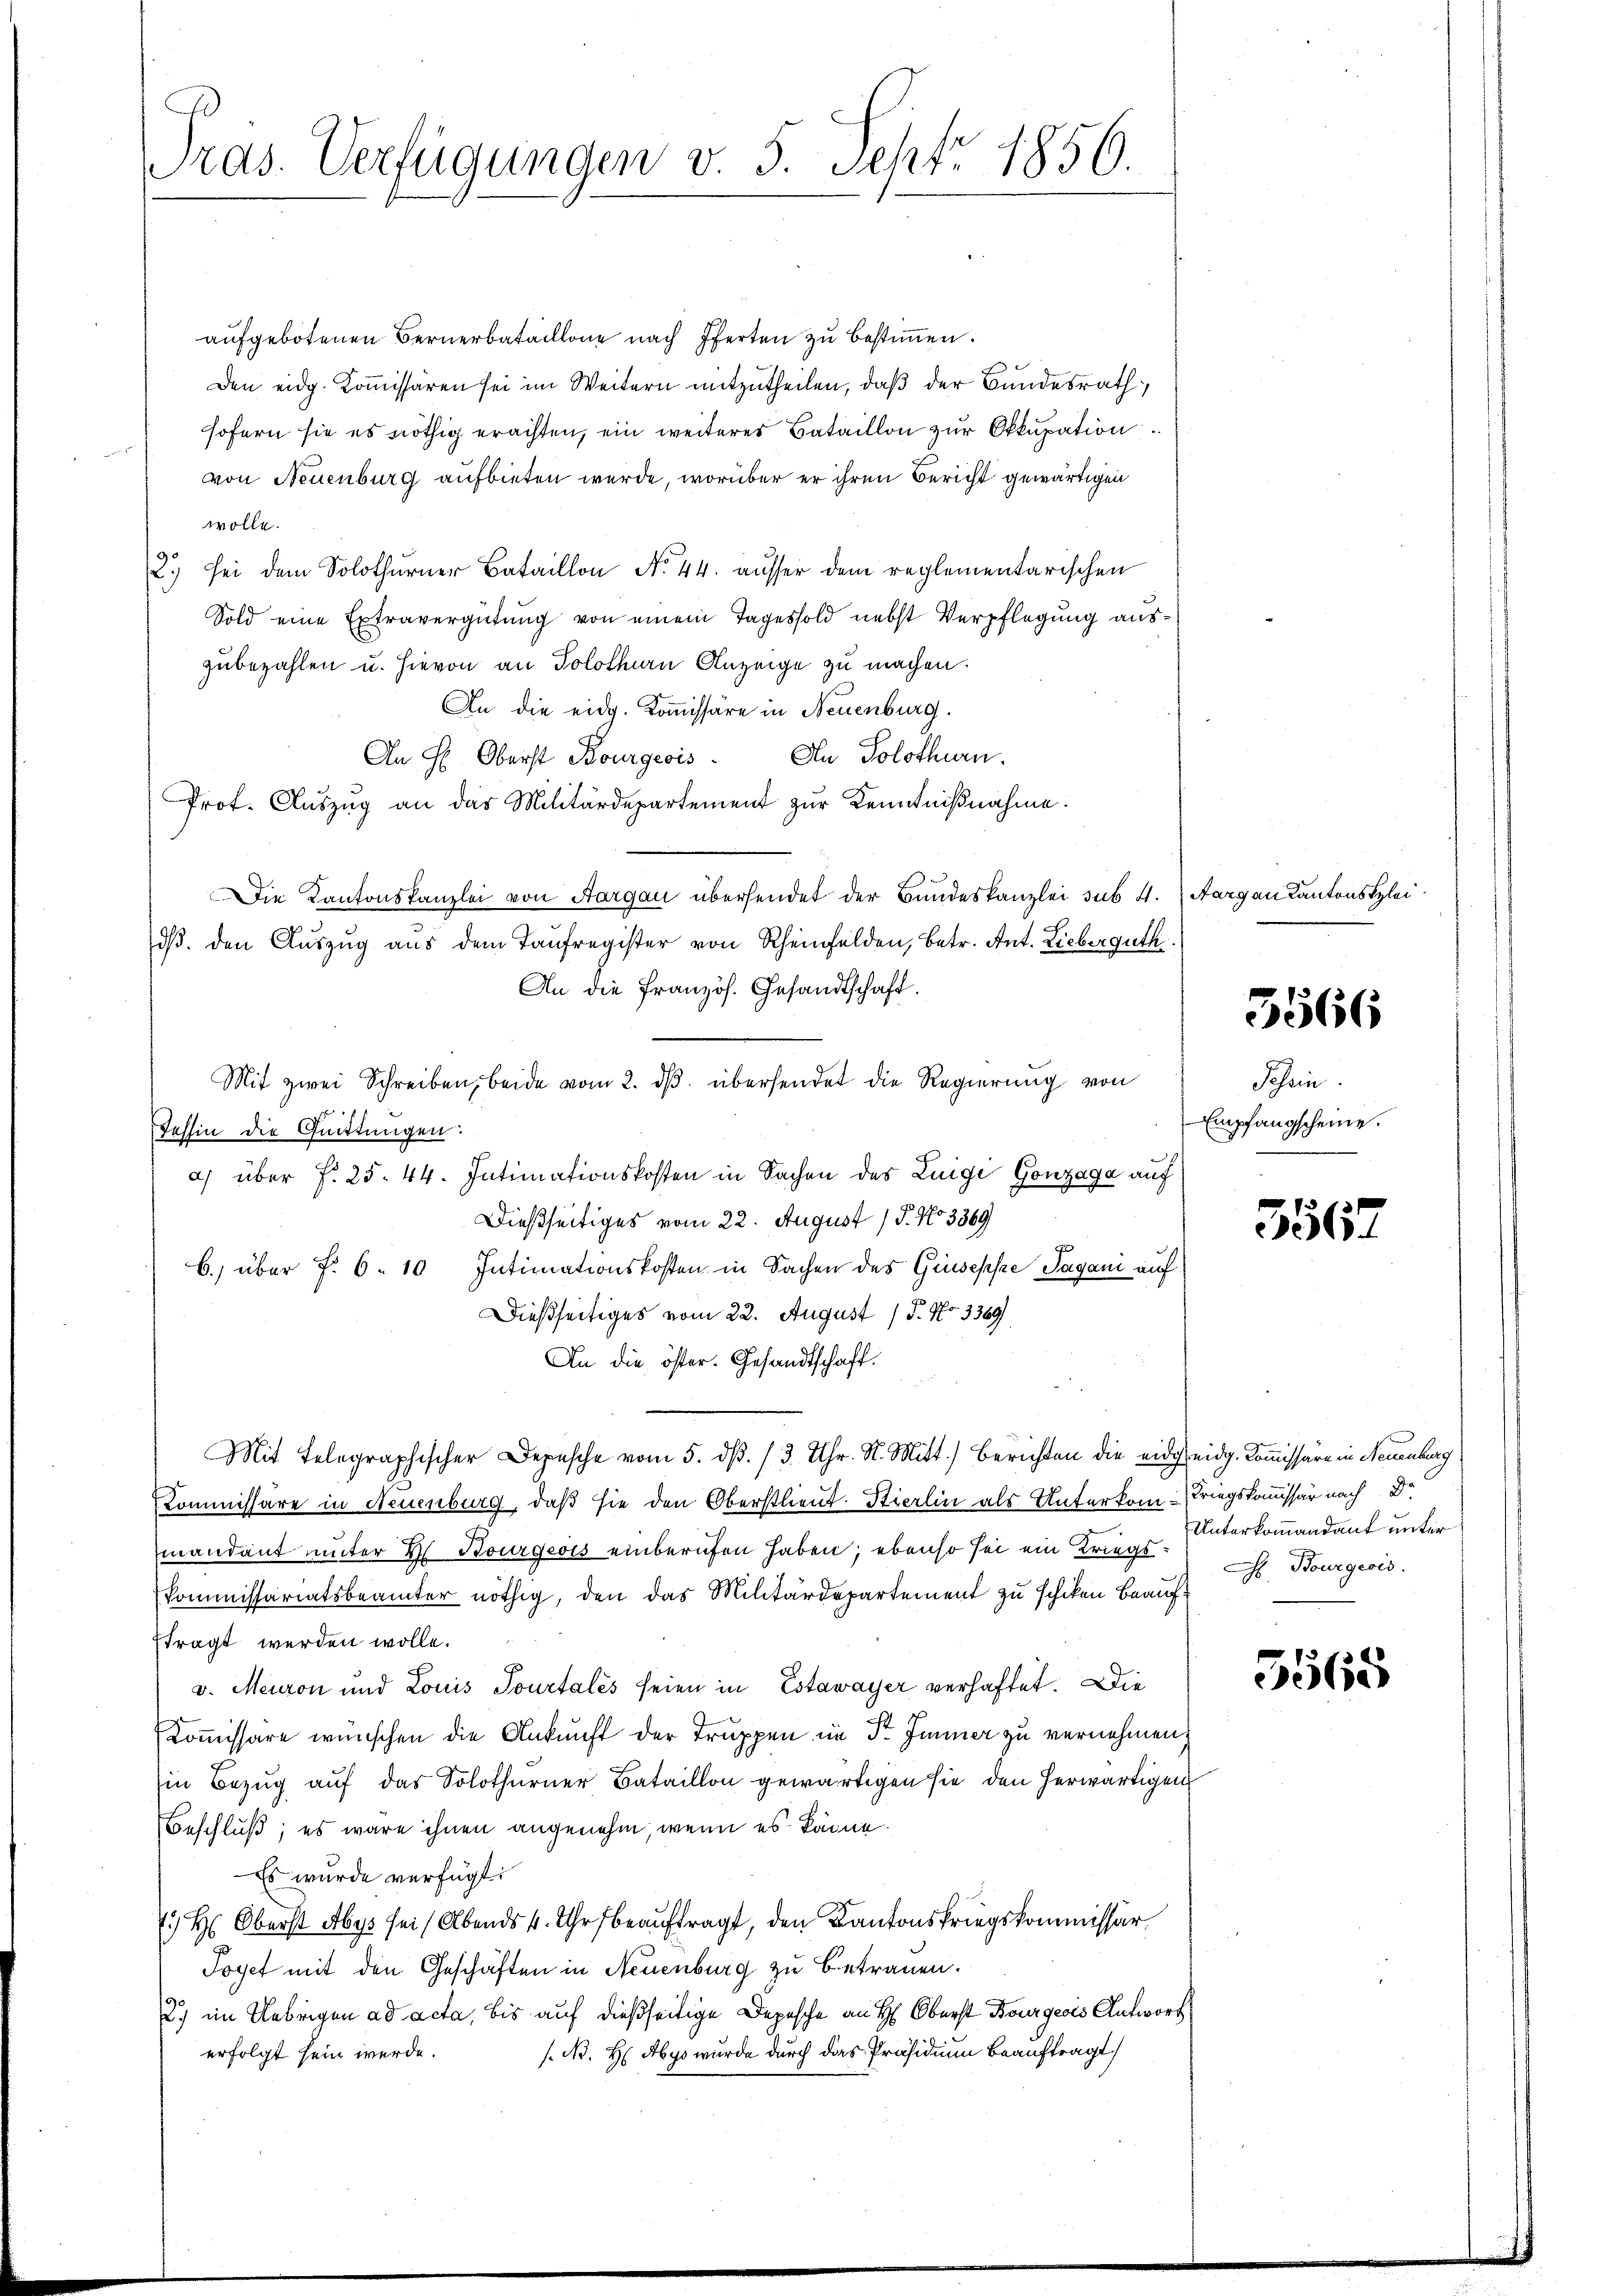
Pras. Verfügungen v. 5. Sept. 1856.

aufgebotenen Bernerbataillone nach Pferten zu bestimmen.
Den eidg. Kommissären sei im Weitern mitzutheilen, daß der Bundesrath
sofern sie es nöthig erachten, ein weiteres Bataillon zur Okkupation
von Neuenburg aufbieten werde, worüber er ihren Bericht gewärtigen
wolle.
2.) Sei dem Solothurner Bataillon No 44. ausser dem reglementarischen
Sold eine Extravergütung von einem Tagessold nebst Verpflegung auszubezahlen u. hievon an Solothen Anzeige zu machen.
An die eidg. Kommissäre in Neuenburg.
An Solothurn.
An H: Oberst Bourgeois
Prof. Auszug an das Militärdepartement zur Kenntnißnahme.
Die Kantonskanzlei von Aargau übersendet der Bundeskanzlei sub. 4. Aargau Kantonsklei
dβ. den Aŭszŭg aŭs dem Taufregister von Rheinfelden, betr. Ant. Lieberguth
An die Französ. Gesandtschaft.
Mit zwei Schreiben, beide vom 2. ds. übersendet die Regierung von

Tessin die Quittungen:
a) über f. 25. 44. Intimationskosten in Sachen des Zeige Gonzaga auf
Dießseitiges vom 22. August / P. No 3369
b.) über f. 6. 10 Intimationskosten in Sachen des Giuseppe Pagani auf
Dießseitiges vom 22. August / 5. No 3369/
An die öster. Gesandtschaft.
Mit Telegraphischer Depesche vom 5. dβ. /3. Uhr. R. Mitt.) Berichten die eidgeidg. Kommissäre in Neuenburg
Kommissäre in Neuenburg, daß sie den Oberstlieut. Stierlin als Unterkom-Kriegskomissär nach Dr
mandant unter 2 Bourgeois einberufen haben; ebenso sei ein Kriegs¬
Kommissariatsbeamter nöthig, den das Militärdepartement zu schiken Beauftragt werden wolle.
v. Meuron und Louis Tourtales seien in Estavayer verhaftet. Die
Kommissäre wünschen die Ankunft der Truppen im Fr. Jenner zu vernehmen,
in Bezug auf das Solothurner Bataillon gewärtigen sie den herwärtigen
Beschluß; es wäre ihnen angenehm, wenn es könne.
Es wurde verfügt:
 H: Oberst Abys sei (Abends 4. Uhr beauftragt, den Kantonskriegskommissär
Joyet mit den Geschäften in Neuenburg zu betrauen.
2) im Uebrigen ad acta, bis auf dießseitige Depesche an H: Oberst Bourgeris Antwort
.N. H Abys wurde durch das Präsidium beauftragt
erfolgt sein werde.

5566

Schein.
Empfangscheine.
—

3567

Unterkommandant unter
 Bourgeois.

5565